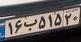
۱۶ب۵۱۵۲۰